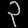
Digit: ၃